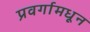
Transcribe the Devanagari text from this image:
प्रवर्गामधून